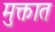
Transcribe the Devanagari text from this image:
मुक्तात